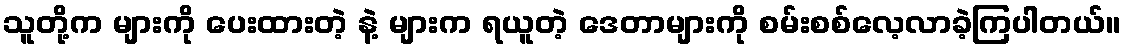
သူတို့က များကို ပေးထားတဲ့ နဲ့ များက ရယူတဲ့ ဒေတာများကို စမ်းစစ်လေ့လာခဲ့ကြပါတယ်။